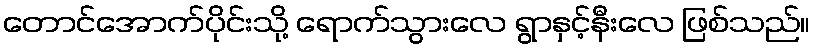
တောင်အောက်ပိုင်းသို့ ရောက်သွားလေ ရွာနှင့်နီးလေ ဖြစ်သည်။